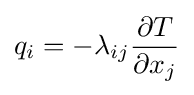
q_{i}=-\lambda _{ij}{\frac {\partial T}{\partial x_{j}}}